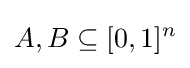
A,B\subseteq [0,1]^{n}